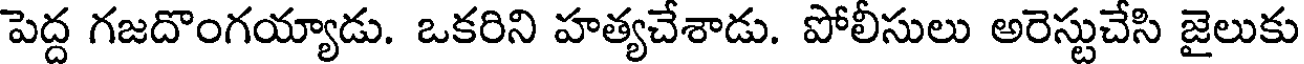
పెద్ద గజదొంగయ్యాడు. ఒకరిని హత్యచేశాడు. పోలీసులు అరెస్టుచేసి జైలుకు